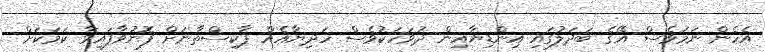
އެހެން ނަމަވެސް އޭގެ ބަދަލުގައި އިންޑިޔާއިން ދުވަހަކުވެސް ހަދިޔާއެއް ޕާކިސްތާނަށް ފޮނުވާފައިވާ ކަމަކަށް